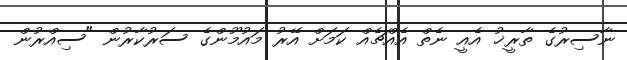
ނާސިރުގެ ތާރީޚު އެއީ ނެތް އެއްޗެއް ކަމަށް އޭރު މައުމޫންގެ ސަރުކާރުން "ސިއްރުން